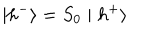
LaTeX: \mid h ^ { - } \rangle = S _ { 0 } \mid h ^ { + } \rangle